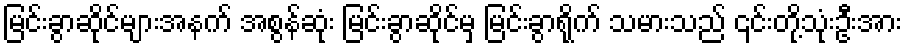
မြင်းခွာဆိုင်များအနက် အစွန်ဆုံး မြင်းခွာဆိုင်မှ မြင်းခွာရိုက် သမားသည် ၎င်းတို့သုံးဦးအား